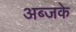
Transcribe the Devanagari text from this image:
अब्जके